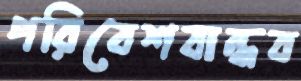
পরিবেশবান্ধব